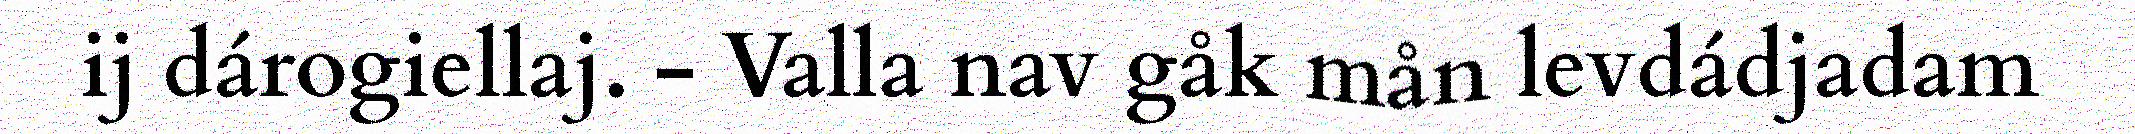
ij dárogiellaj. - Valla nav gåk mån levdádjadam